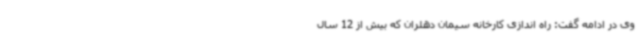
وی در ادامه گفت: راه اندازی کارخانه سیمان دهلران که بیش از 12 سال